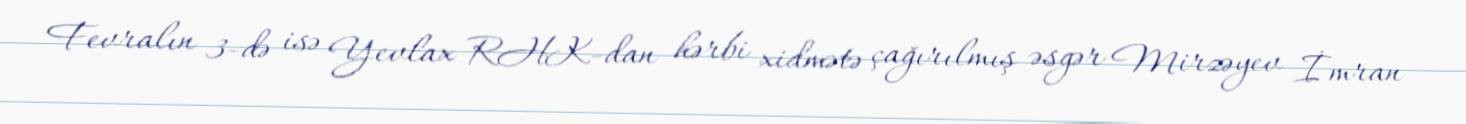
Fevralın 3-də isə Yevlax RHK-dan hərbi xidmətə çağırılmış əsgər Mirzəyev İmran